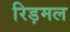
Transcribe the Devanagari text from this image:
रिड़मल